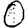
Digit: 0